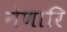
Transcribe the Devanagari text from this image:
नेणारि